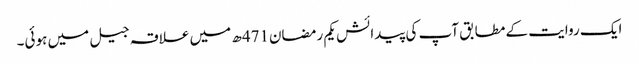
ایک روایت کے مطابق آپ کی پیدائش یکم رمضان471ھ میں علاقہ جیل میں ہوئی۔